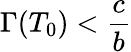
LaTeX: \Gamma(T_{0})<\frac{c}{b}